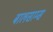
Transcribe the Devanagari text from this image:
बालसाम्स